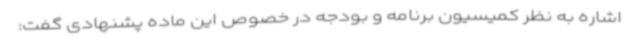
اشاره به نظر کمیسیون برنامه و بودجه در خصوص این ماده پشنهادی گفت: